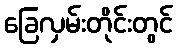
ခြေလှမ်းတိုင်းတွင်